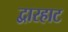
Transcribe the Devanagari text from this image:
द्वारहाट